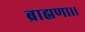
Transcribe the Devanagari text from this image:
ब्राह्मणा।।